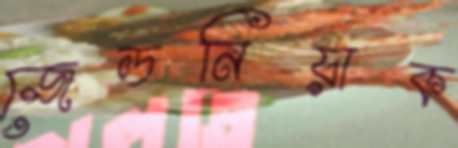
জেডনিয়াক